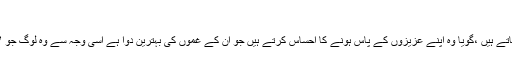
تیسرا فائدہ :
وارثین کی تسلی خاطر ہے اس لئے کہ وہ اپنے عزیزوں کے قبروں کے پاس پرسکون ہوجاتے ہیں ،گویا وہ اپنے عزیزوں کے پاس ہونے کا احساس کرتے ہیں جو ان کے غموں کی بہترین دوا ہے اسی وجہ سے وہ لوگ جو لاپتہ ہوجاتے ہیں انکی شبیہ بنائی جاتی ہے اور اس کے کنارے ان کی یاد منائی جاتی ہے ۔